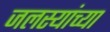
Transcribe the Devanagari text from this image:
जलस्यांच्या